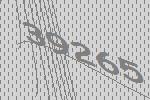
39265